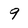
Character: 9